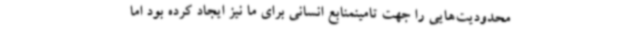
محدودیت‌هایی را جهت تامینمنابع انسانی برای ما نیز ایجاد کرده بود اما